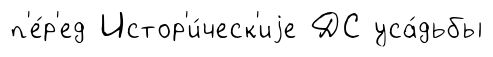
п'е́р'ед Истор'и́ческ'иjе ДС уса́дьбы